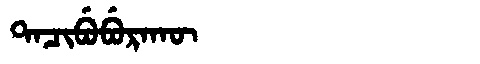
Manchu: ᡨᠠᠴᡳᠪᡠᠪᡠᡵᠠᡴᡡ
Romanization: TACIBUBURAKŪ